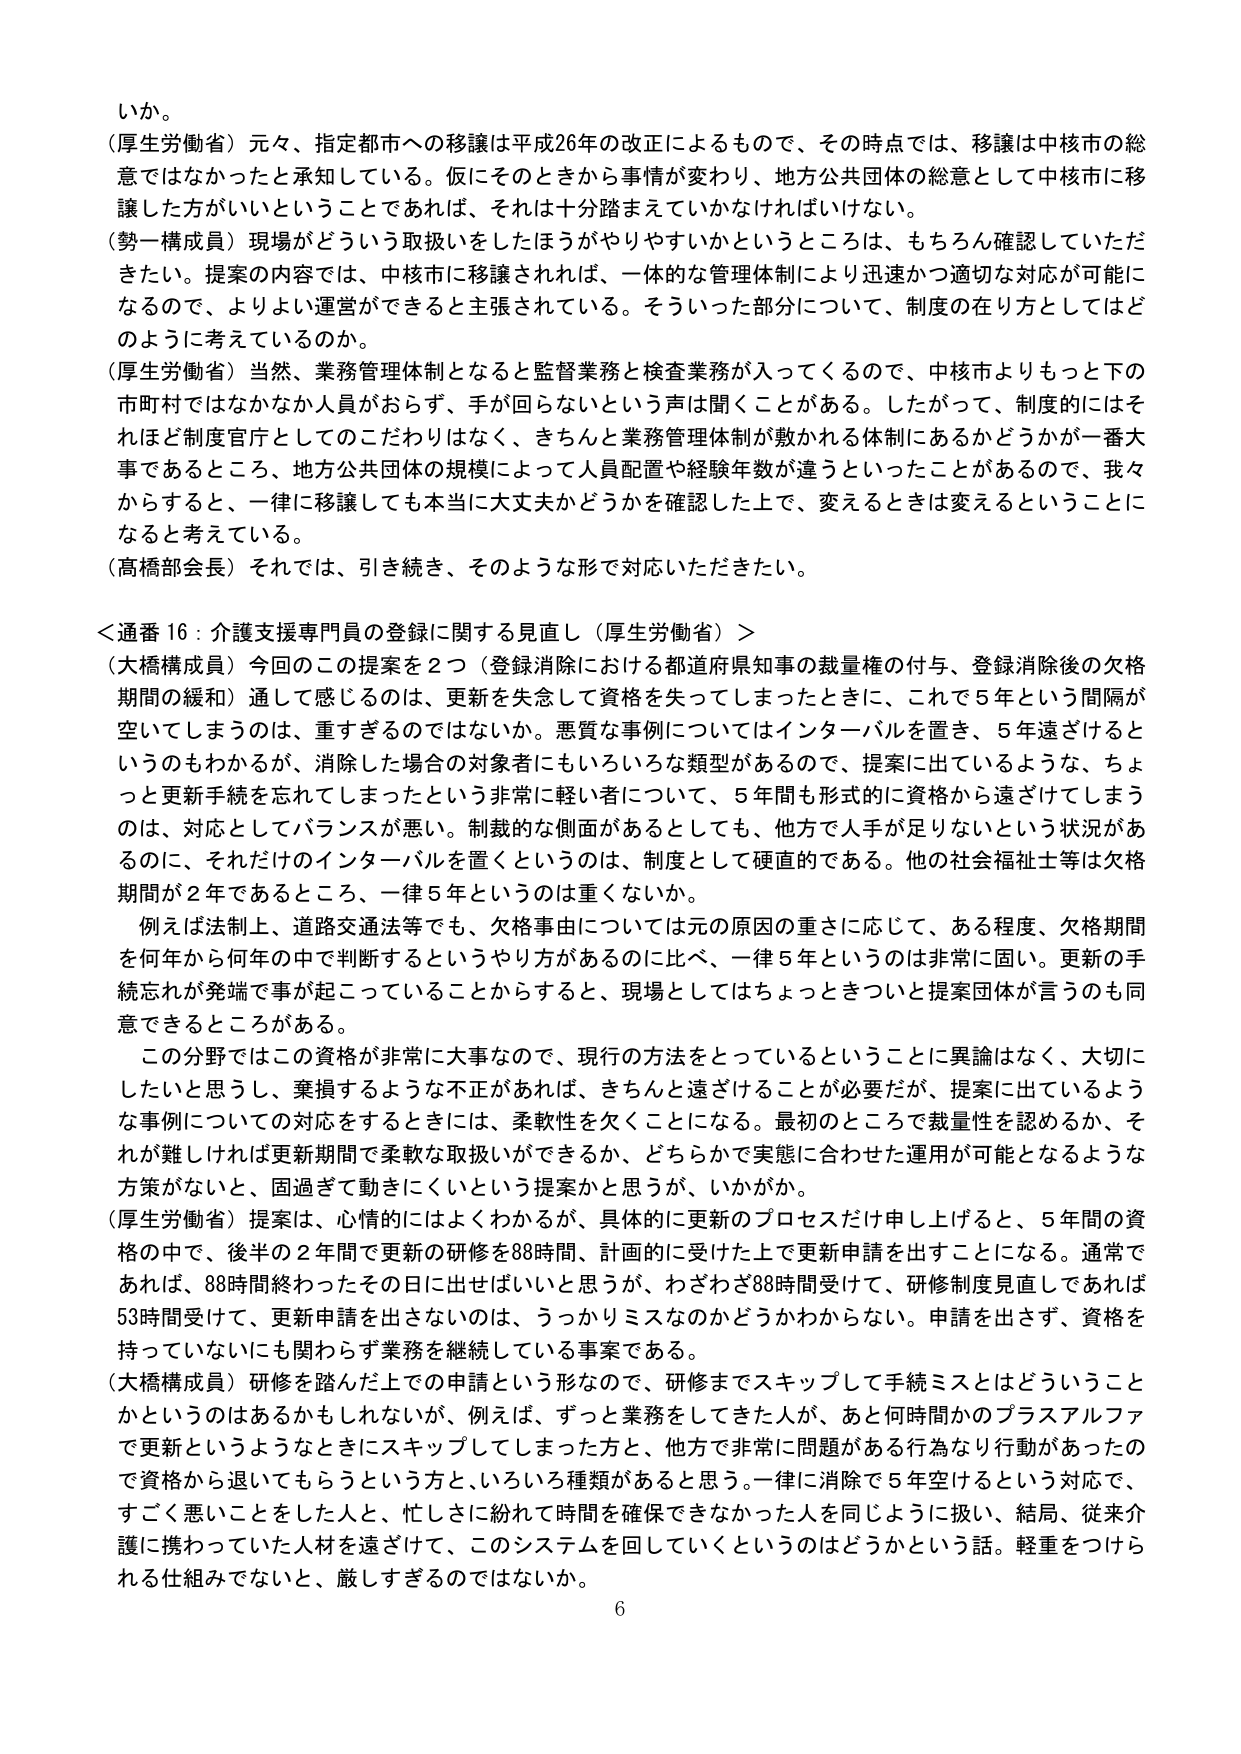
いか。

（厚生労働省）元々、指定都市への移譲は平成26年の改正によるもので、その時点では、移譲は中核市の総意ではなかったと承知している。仮にそのときから事情が変わり、地方公共団体の総意として中核市に移譲した方がいいということであれば、それは十分踏まえていかなければならない。

（勢一構成員）現場がどういう取扱いをしたほうがやりやすいかというところは、もちろん確認していただきたい。提案の内容では、中核市に移譲されれば、一体的な管理体制により迅速かつ適切な対応が可能になるので、よりよい運営ができると主張されている。そういった部分について、制度の在り方としてはどのように考えているのか。

（厚生労働省）当然、業務管理体制となると監督業務と検査業務が入ってくるので、中核市よりもっと下の市町村ではなかなか人員がおらず、手が回らないという声が聞くことがある。したがって、制度的にはそれほど制度官庁としてのこだわりはなく、きちんと業務管理体制が敷かれる体制にあるかどうかが一番大事であるところ、地方公共団体の規模によって人員配置や経験年数が違うといったことがあるので、我々からすると、一律に移譲しても本当に大丈夫かどうかを確認した上で、変えるときは変えるということになると考えている。

（高橋部会長）それでは、引き続き、そのような形で対応いただきたい。

＜通番 16：介護支援専門員の登録に関する見直し（厚生労働省）＞

（大橋構成員）今回のこの提案を２つ（登録消除における都道府県知事の裁量権の付与、登録消除後の欠格期間の緩和）通して感じるのは、更新を失念して資格を失ってしまったときに、これで５年という間隔が空いてしまうのは、重すぎるのではないか。悪質な事例についてはインターバルを置き、５年遠ざけるというのはもわかるが、消除した場合の対象者にもいろいろな類型があるので、提案に出ているような、ちょっと更新手続を忘れてしまったという非常に軽い者について、５年間も形式的に資格から遠ざけてしまうのは、対応としてバランスが悪い。制裁的な側面があるとしても、他方で人手が足りないという状況があるのに、それだけのインターバルを置くというのは、制度として硬直的である。他の社会福祉士等は欠格期間が２年であるところ、一律５年というのは重くないか。

例えば法制定上、道路交通法等でも、欠格事由については元の原因の重さに応じて、ある程度、欠格期間を何年から何年の中で判断するというやり方があるのに比べ、一律５年というのは非常に固い。更新の手続忘却が発端で事が起こっていることからすると、現場としてはちょっときついと提案団体が言うのも同意できるところがある。

この分野ではこの資格が非常に大事なので、現行の方法をとっているということに異論はなく、大切にしたいと思うし、棄損するような不正があれば、きちんと遠ざけることが必要だが、提案に出ているような事例についての対応をするときには、柔軟性を欠くことになる。最初のところで裁量性を認めるか、それが難しければ更新期間で柔軟な取扱いができるか、どちらかで実態に合わせた運用が可能となるような方策がないと、固過ぎて動きにくいという提案かと思うが、いかがか。

（厚生労働省）提案は、心情的にはよくわかるが、具体的に更新のプロセスだけ申し上げると、５年間の資格の中で、後半の２年間で更新の研修を88時間、計画的に受けた上で更新申請を出すことになる。通常であれば、88時間終わったその日に出せばいいと思うが、わざわざ88時間受けて、研修制度見直しであれば53時間受けて、更新申請を出さないのは、うっかりミスなのかどうかわからない。申請を出さず、資格を持っていないにも関わらず業務を継続している事案である。

（大橋構成員）研修を踏んだ上での申請という形なので、研修までスキップして手続ミスとはどういうことかというのはあるかもしれないが、例えば、ずっと業務をしてきた人が、あと何時間かのプラスアルファで更新というようなときにスキップしてしまった方と、他方で非常に問題がある行為なり行動があったので資格から退いてもらうという方と、いろいろ種類があると思う。一律に消除で５年空けるという対応で、すごく悪いことをした人と、忙しさに紛れて時間を確保できなかった人を同じように扱い、結局、従来介護に携わっていた人材を遠ざけて、このシステムを回していくというのはどうかという話。軽重をつけられる仕組みでないと、厳しすぎるのではないか。

6